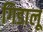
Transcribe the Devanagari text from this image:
गिडालू